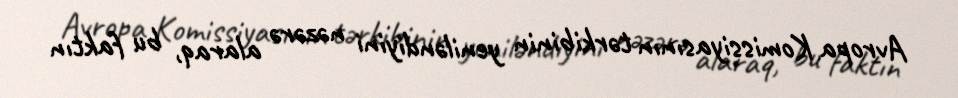
Avropa Komissiyasının tərkibinin yeniləndiyini nəzərə alaraq, bu faktın